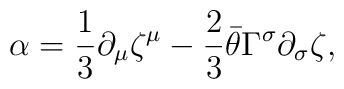
\alpha={\frac{1}{3}}\partial_\mu\zeta^\mu-{\frac{2}{3}}\bar\theta\Gamma^\sigma\partial_\sigma\zeta,